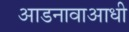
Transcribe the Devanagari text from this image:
आडनावाआधी